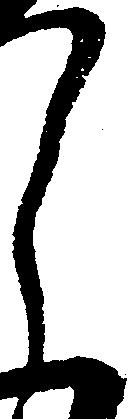
郎